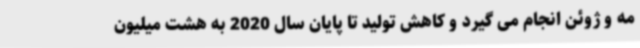
مه و ژوئن انجام می گیرد و کاهش تولید تا پایان سال 2020 به هشت میلیون